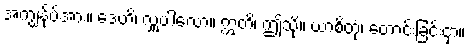
အကျွန်ုပ်အား။ ဒေဟိ၊ လှူပါလော။ ဣတိ၊ ဤသို့။ ယာစိတုံ၊ တောင်းခြင်းငှာ။